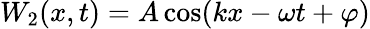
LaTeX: W_{2}(x,t)=A\cos(kx-\omega t+\varphi)